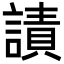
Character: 謮